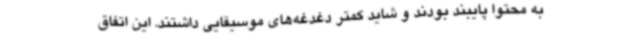
به محتوا پایبند بودند و شاید کمتر دغدغه‌های موسیقایی داشتند. این اتفاق